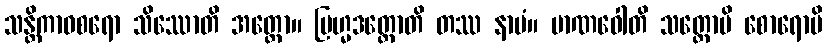
သန္တိကာဝစရော သိဿောတိ အတ္ထော။ ဗြဟ္မဒတ္တောတိ တဿ နာမံ။ မာဏဝေါတိ သတ္တောပိ စောရောပိ